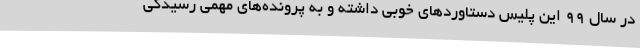
در سال ۹۹ این پلیس دستاوردهای خوبی داشته و به پرونده‌های مهمی رسیدگی